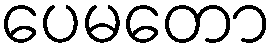
ပေမတော